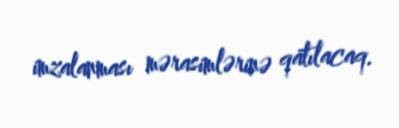
imzalanması mərasimlərinə qatılacaq.